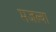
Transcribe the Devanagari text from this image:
मजल्या